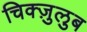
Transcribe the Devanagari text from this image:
चिक्ज़ुलुब